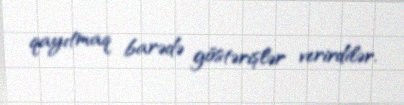
qayıtmaq barədə göstərişlər verirdilər.